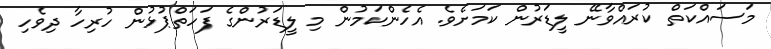
މަސައްކަތް ކުރައްވާނޭ ލީޑަރުން ކަމަށެވެ. އެހެންކަމުން މި ލީޑަރުންގެ ފަހަތްޕުޅުން ހުރިހާ ދިވެހި